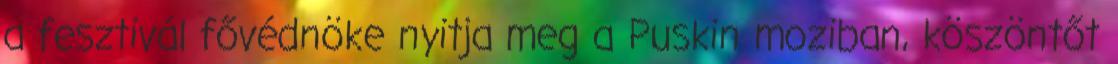
a fesztivál fővédnöke nyitja meg a Puskin moziban, köszöntőt